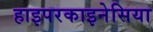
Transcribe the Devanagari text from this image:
हाइपरकाइनेसिया